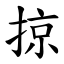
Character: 掠